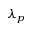
\lambda _ { p }